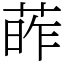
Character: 葃